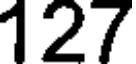
127